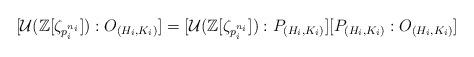
LaTeX: \begin{align*} [\mathcal{U}(\mathbb{Z}[\zeta_{p_{i}^{n_{i}}}]): O_{(H_{i},K_{i})}]= [\mathcal{U}(\mathbb{Z}[\zeta_{p_{i}^{n_{i}}}]): P_{(H_{i},K_{i})}][ P_{(H_{i},K_{i})} : O_{(H_{i},K_{i})}]\end{align*}